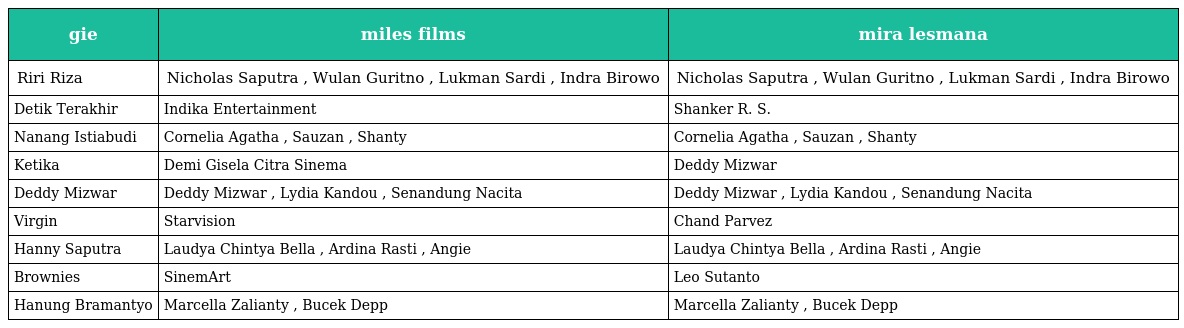
| gie | miles films | mira lesmana |
 | --- | --- | --- |
 | Riri Riza | Nicholas Saputra , Wulan Guritno , Lukman Sardi , Indra Birowo | Nicholas Saputra , Wulan Guritno , Lukman Sardi , Indra Birowo |
 | Detik Terakhir | Indika Entertainment | Shanker R. S. |
 | Nanang Istiabudi | Cornelia Agatha , Sauzan , Shanty | Cornelia Agatha , Sauzan , Shanty |
 | Ketika | Demi Gisela Citra Sinema | Deddy Mizwar |
 | Deddy Mizwar | Deddy Mizwar , Lydia Kandou , Senandung Nacita | Deddy Mizwar , Lydia Kandou , Senandung Nacita |
 | Virgin | Starvision | Chand Parvez |
 | Hanny Saputra | Laudya Chintya Bella , Ardina Rasti , Angie | Laudya Chintya Bella , Ardina Rasti , Angie |
 | Brownies | SinemArt | Leo Sutanto |
 | Hanung Bramantyo | Marcella Zalianty , Bucek Depp | Marcella Zalianty , Bucek Depp |